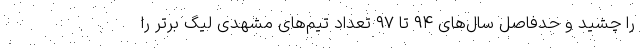
را چشید و حدفاصل سال‌های ۹۴ تا ۹۷ تعداد تیم‌های مشهدیِ لیگ برتر را